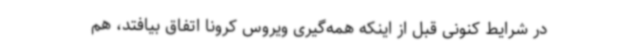
در شرایط کنونی قبل از اینکه همه‌گیری ویروس کرونا اتفاق بیافتد، هم